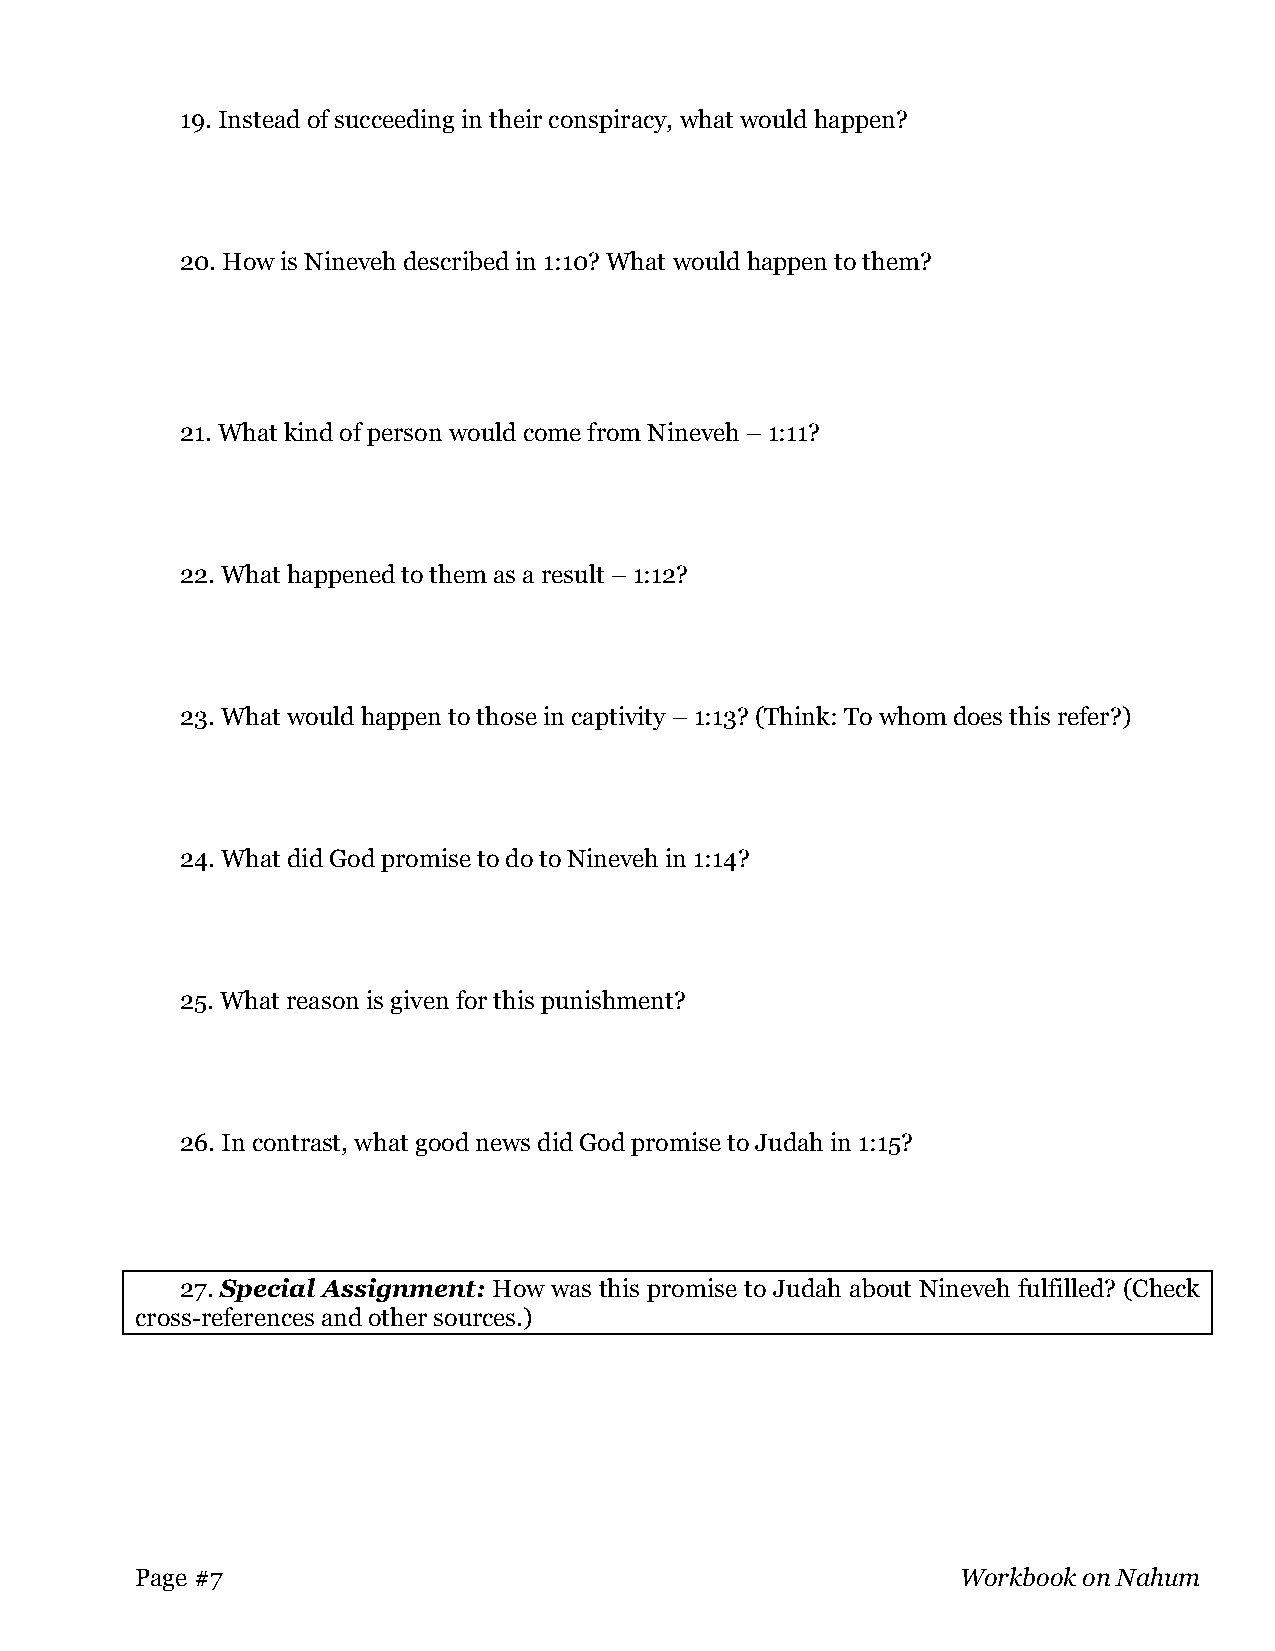
19. Instead of succeeding in their conspiracy, what would happen?
 20. How is Nineveh described in 1:10? What would happen to them?
 21. What kind of person would come from Nineveh – 1:11?
 22. What happened to them as a result – 1:12?
 23. What would happen to those in captivity – 1:13? (Think: To whom does this refer?)
 24. What did God promise to do to Nineveh in 1:14?
 25. What reason is given for this punishment?
 26. In contrast, what good news did God promise to Judah in 1:15?
 27. Special Assignment: How was this promise to Judah about Nineveh fulfilled? (Check
 cross-references and other sources.)
 Page #7                                                Workbook on Nahum